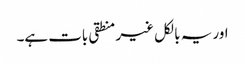
اور یہ بالکل غیر منطقی بات ہے۔